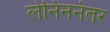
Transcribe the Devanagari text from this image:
लेनिननंतर